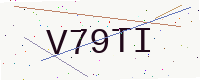
Text: V79TI